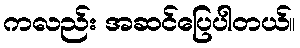
ကလည်း အဆင်ပြေပါတယ်။